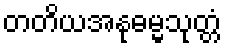
တတိယအနုဓမ္မသုတ္တံ